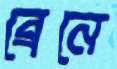
ব্রেনে